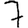
Digit: 7